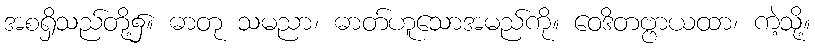
အစရှိသည်တို့၌။ ဓာတု သမညာ၊ ဓာတ်ဟူသောအမည်ကို။ ဝေဒိတဗ္ဗာယထာ၊ ကဲ့သို့။